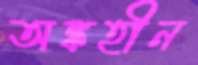
অঙ্কহীন